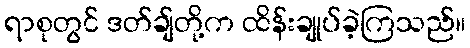
ရာစုတွင် ဒတ်ချ်တို့က ထိန်းချုပ်ခဲ့ကြသည်။